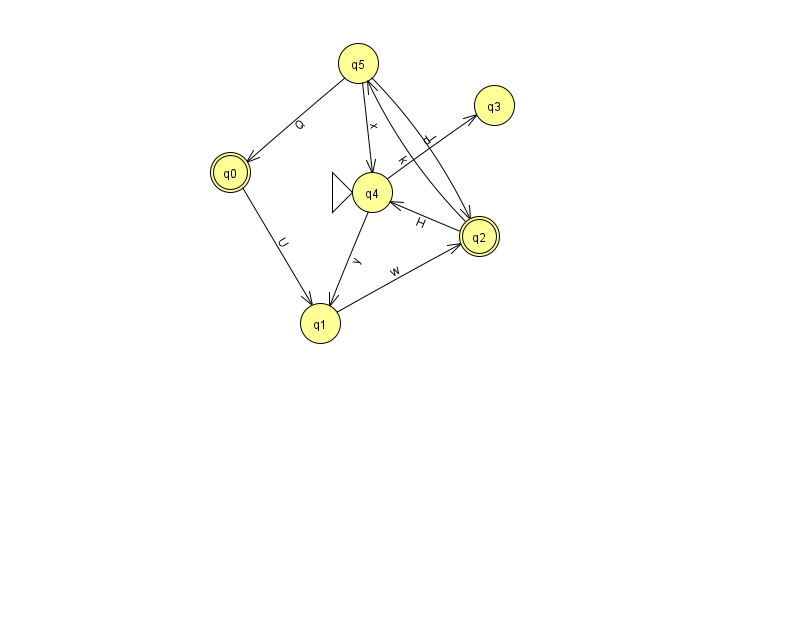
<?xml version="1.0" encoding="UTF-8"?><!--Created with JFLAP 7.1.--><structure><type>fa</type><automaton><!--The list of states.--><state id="0" name="q0"><x>230.0</x><y>159.0</y><final/></state><state id="1" name="q1"><x>320.0</x><y>310.0</y></state><state id="2" name="q2"><x>479.0</x><y>223.0</y><final/></state><state id="3" name="q3"><x>494.0</x><y>92.0</y></state><state id="4" name="q4"><x>372.0</x><y>179.0</y><initial/></state><state id="5" name="q5"><x>358.0</x><y>50.0</y></state><!--The list of transitions.--><transition><from>0</from><to>1</to><read>U</read></transition><transition><from>1</from><to>2</to><read>w</read></transition><transition><from>5</from><to>2</to><read>I</read></transition><transition><from>2</from><to>5</to><read>k</read></transition><transition><from>5</from><to>4</to><read>x</read></transition><transition><from>2</from><to>4</to><read>H</read></transition><transition><from>5</from><to>0</to><read>Q</read></transition><transition><from>4</from><to>3</to><read>d</read></transition><transition><from>4</from><to>1</to><read>y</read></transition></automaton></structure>